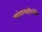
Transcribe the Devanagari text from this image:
चांगल्यारितीने